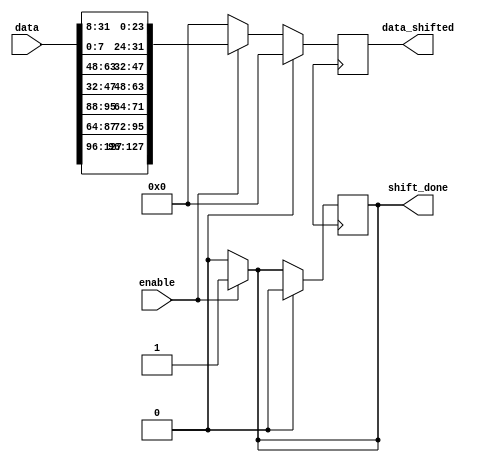
module shift( 
  input wire [127:0] data,
	input wire enable,
  output reg [127:0] data_shifted, 
output reg shift_done
);
reg[127:0] data_next;
reg[7:0] A [3:0][3:0];
reg[7:0] B [3:0][3:0];
always@(posedge clk )
begin
	if(reset)
	begin
	shift_done <= 1'b0;
	data_shifted <=128'd0;
	end
	else
	begin
	data_shifted <=data_next;
	shift_done <= shift_done;
	end
end 



always@(data)
begin 
if(enable)
begin
  {A[0][0],A[0][1],A[0][2],A[0][3],A[1][0],A[1][1],A[1][2],A[1][3],
   A[2][0],A[2][1],A[2][2],A[2][3],A[3][0],A[3][1],A[3][2],A[3][3]}= data;

  {B[0][0],B[0][1],B[0][2],B[0][3],B[1][0],B[1][1],B[1][2],B[1][3],
   B[2][0],B[2][1],B[2][2],B[2][3],B[3][0],B[3][1],B[3][2],B[3][3]}= 128'd0 ;

  B[0][0]=A[0][0];  //first row shifting
  B[0][1]=A[0][1];
  B[0][2]=A[0][2];
  B[0][3]=A[0][3];

  B[1][0]=A[1][1]; //second row shifting 
  B[1][1]=A[1][2];
  B[1][2]=A[1][3];
  B[1][3]=A[1][0];
  
  B[2][0]=A[2][2]; //third row shifting
  B[2][1]=A[2][3];
  B[2][2]=A[2][0];
  B[2][3]=A[2][1]; 
 
  B[3][0]=A[3][3]; //fourth row shifiting 
  B[3][1]=A[3][0];
  B[3][2]=A[3][1];
  B[3][3]=A[3][2];


   data_next = {B[0][0],B[0][1],B[0][2],B[0][3],B[1][0],B[1][1],B[1][2],B[1][3],
   B[2][0],B[2][1],B[2][2],B[2][3],B[3][0],B[3][1],B[3][2],B[3][3]} ; 
shift_done = 1'b1;
end
else
begin
shift_done = 1'b0;
data_next = 128'd0;
end
end 
endmodule